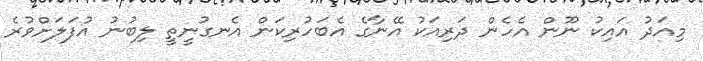
މިއަދު އައިކު ނޫން އެހެން ދަރިއަކު އޭނާގެ އެބަހުރިކަން އެނގުނީތީ ލިބުނު އުފަލަށްވުރެ